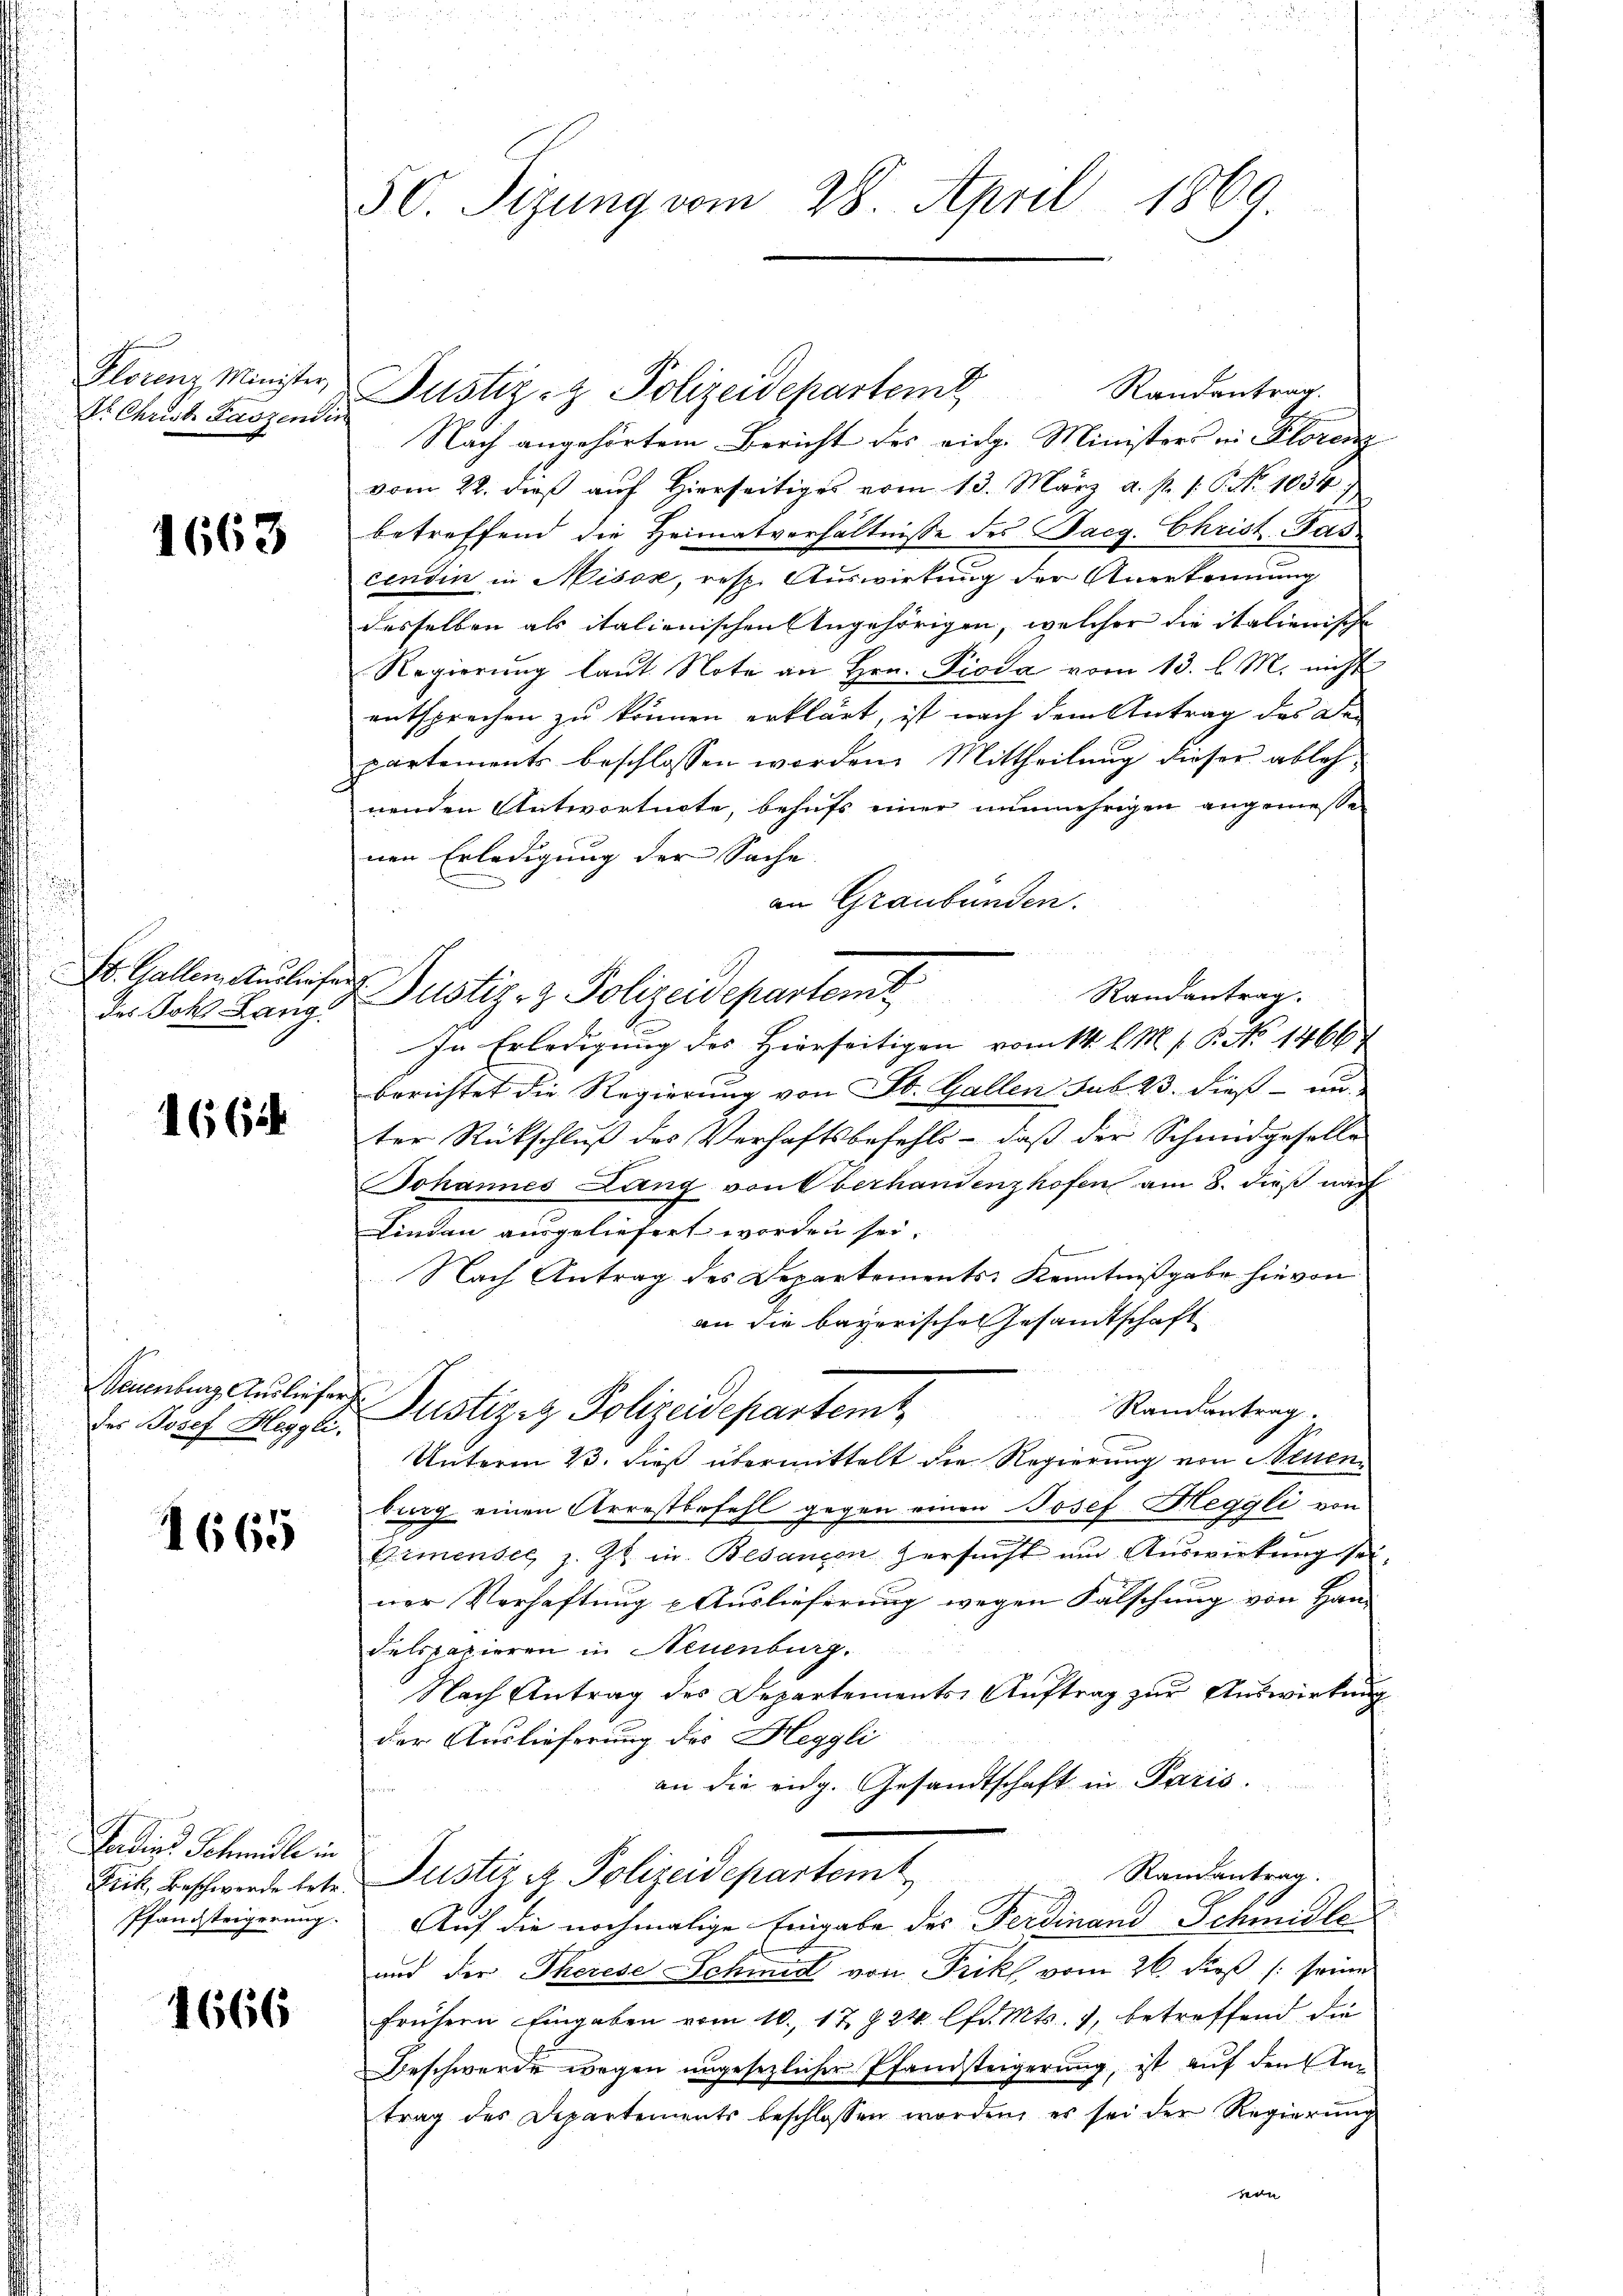
Klotenz Minister,
Dr Christ Faszend

1663

St. Gallen Ausliefe
des Joh. Lang

1664

Neuenburg Ausliefer

1665

Forden Schmidli in
Pfandsteigerung.

1666

50. Sizung vom 28. April 1869

Randantrag.
Nach angehörtem Bericht des eidg. Ministers in Florenz
vom 22. dieβ aŭf hierseitiges vom 13. März a. p. 1. P. Nr. 1034.
betreffend die Heimatverhältnisse des acg. Christ-Pas.
centin in Misox, resp. Auswirkung der Anerkennung
desselben als italienischen Angehörigen, welcher die italienische
Regierŭng laŭt Note an Hrn. Pioda vom 13. l. M. nicht
entsprechen zu können erklärt, ist nach dem Antrag des De-
partements beschlossen worden. Mittheilung dieser ablehnenden Antwortnote, behufs einer nunmehrigen angemesse
nen Erledigung der Sache.
an Graubünden.
Randantrag.
Justiz- & Polizeideparteme
In Erledigung des Hierseitigen vom 14. l. M. P. P. Nr. 1466
berichtet die Regierung von St. Gallen sub 23. dieß – un
ter Rückschlŭβ des Verhaftsbefehls - daβ der Schmiedgeselle
Johannes Lang von Oberhandenzhofen am 8. dieß nach
Lindau ausgeliefert worden sei.
Nach Antrag des Departements Kenntnißgabe hievon
an die bayerische Gesamtschaft
Randantrag.
der Josef Heggli, Justiziz Polizeidepartemt
Unterm 23. dieß übermittelt die Regierung von Neuenburg einen Arrestbefehl gegen einen Josef Heggli von
Eimensee z. Zt. in Besancen Zersucht und Auswirkung sei
ner Verhaftung & Auslieferung wegen Falschung von Han-
delspazieren in Neuenburg.
Nach Antrag des Departements Auftrag zur Auswirkung
der Auslieferung des Heggli
an die eidg. Gesandtschaft in Paris.
Randantrag.
Frk. Beschwerde betr. Justiz & Polizeidepartem
Auf die nochmalige Eingabe des Ferdinand Schmidle
und der Therese Schmidt von Frik vom 26. dieß (: seine
frühern Eingaben vom 10. 17 § 24 lfd. Mts., betreffend die
Beschwerde wegen ungesezlicher Pfandsteigerung, ist auf den Antrag des Departements beschlossen worden, es sei der Regierŭng

t

Justiz- & Polizeideparteme